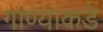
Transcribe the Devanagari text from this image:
गाण्याकडे